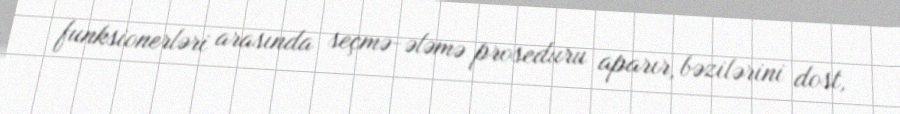
funksionerləri arasında seçmə-ələmə proseduru aparır, bəzilərini dost,